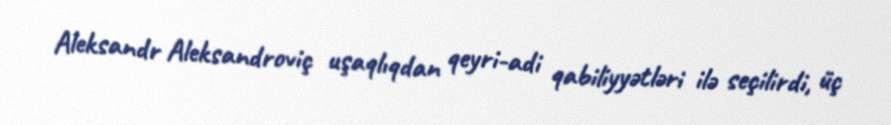
Aleksandr Aleksandroviç uşaqlıqdan qeyri-adi qabiliyyətləri ilə seçilirdi, üç